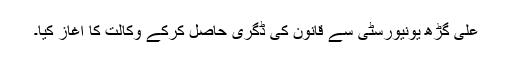
علی گڑھ یونیورسٹی سے قانون کی ڈگری حاصل کرکے وکالت کا آغاز کیا۔